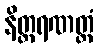
နိတ္ထရဏတ္ထံ